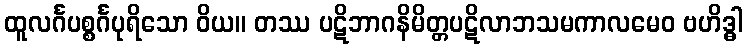
ထူလင်္ဂပစ္စင်္ဂပုရိသော ဝိယ။ တဿ ပဋိဘာဂနိမိတ္တပဋိလာဘသမကာလမေဝ ဗဟိဒ္ဓါ